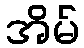
အိမ်